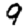
Digit: 9